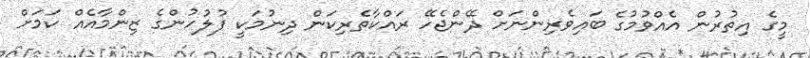
މީގެ އިތުރުން އެއްވުމުގެ ބައިވެރިންނަށް ދޭންޖެހޭ ރައްކާތެރިކަން ދިނުމަކީ ފުލުހުންގެ ޒިންމާއެއް ކަމަށް